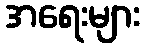
အရေးများ